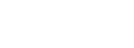
တော်ဝင်ကျဲ